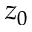
z _ { 0 }